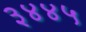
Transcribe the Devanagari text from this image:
३४४५